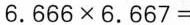
$$6 . 6 6 6 \times 6 . 6 6 7 =$$